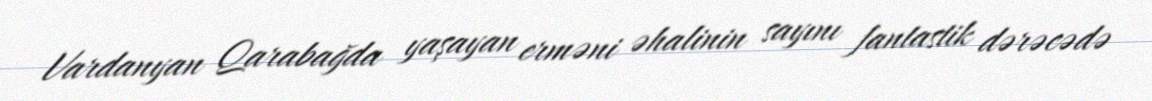
Vardanyan Qarabağda yaşayan erməni əhalinin sayını fantastik dərəcədə